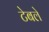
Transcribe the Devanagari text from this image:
टेबले